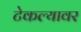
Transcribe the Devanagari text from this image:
टेकल्यावर